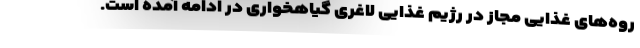
روه‌های غذایی مجاز در رژیم غذایی لاغری گیاهخواری در ادامه آمده است.